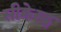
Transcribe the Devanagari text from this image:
सीक्रेस्ट्स